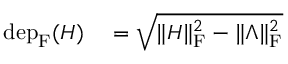
\begin{array} { r l } { \mathrm { d e p } _ { \mathrm { F } } ( H ) } & { { } = \sqrt { \| H \| _ { \mathrm { F } } ^ { 2 } - \| \Lambda \| _ { \mathrm { F } } ^ { 2 } } } \end{array}